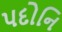
પદોનિ